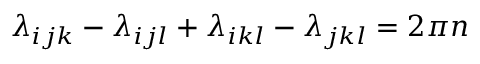
\lambda _ { i j k } - \lambda _ { i j l } + \lambda _ { i k l } - \lambda _ { j k l } = 2 \pi n \nonumber